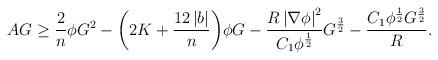
LaTeX: \begin{align*}AG & \geq \frac{2}{n}\phi G^{2} -\bigg(2K+\frac{12\left\vert b\right\vert}{n}\bigg)\phi G-\frac{R\left\vert \nabla\phi \right\vert^{2}}{C_{1}\phi^{\frac{1}{2}}} G^{\frac{3}{2}}-\frac{C_{1}\phi^{\frac{1}{2}}G^{\frac{3}{2}}}{R}.\end{align*}